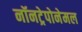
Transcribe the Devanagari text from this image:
नॉनट्रेपोनेमल